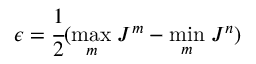
\epsilon = \cfrac { 1 } { 2 } ( \underset { m } { \operatorname* { m a x } } \; J ^ { m } - \underset { m } { \operatorname* { m i n } } \; J ^ { n } )